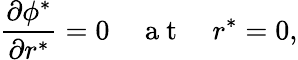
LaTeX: \frac{\partial\phi^{*}}{\partial r^{*}}=0\quad\mathrm{~a~t~}\quad r^{*}=0,